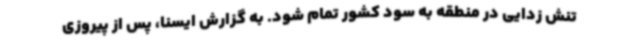
تنش زدایی در منطقه به سود کشور تمام شود. به گزارش ایسنا، پس از پیروزی